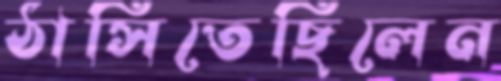
ঠাসিতেছিলেন